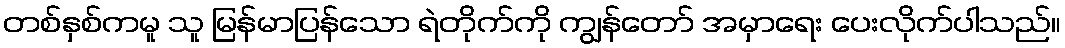
တစ်နှစ်ကမူ သူ မြန်မာပြန်သော ရဲတိုက်ကို ကျွန်တော် အမှာရေး ပေးလိုက်ပါသည်။